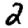
Digit: 2